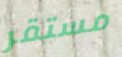
مستقر